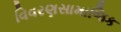
વિવરણસામાજિક